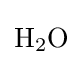
{\mathrm {H} {\vphantom {A}}_{\smash[{t}]{2}}\mathrm {O} }